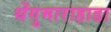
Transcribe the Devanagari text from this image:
थेंगुमाराहाडा